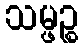
သမ္ဖဉ္စ